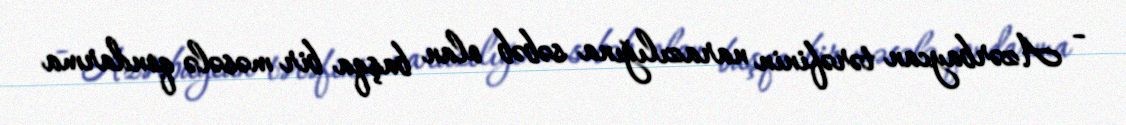
- Azərbaycan tərəfinin narazılığına səbəb olan başqa bir məsələ qondarma